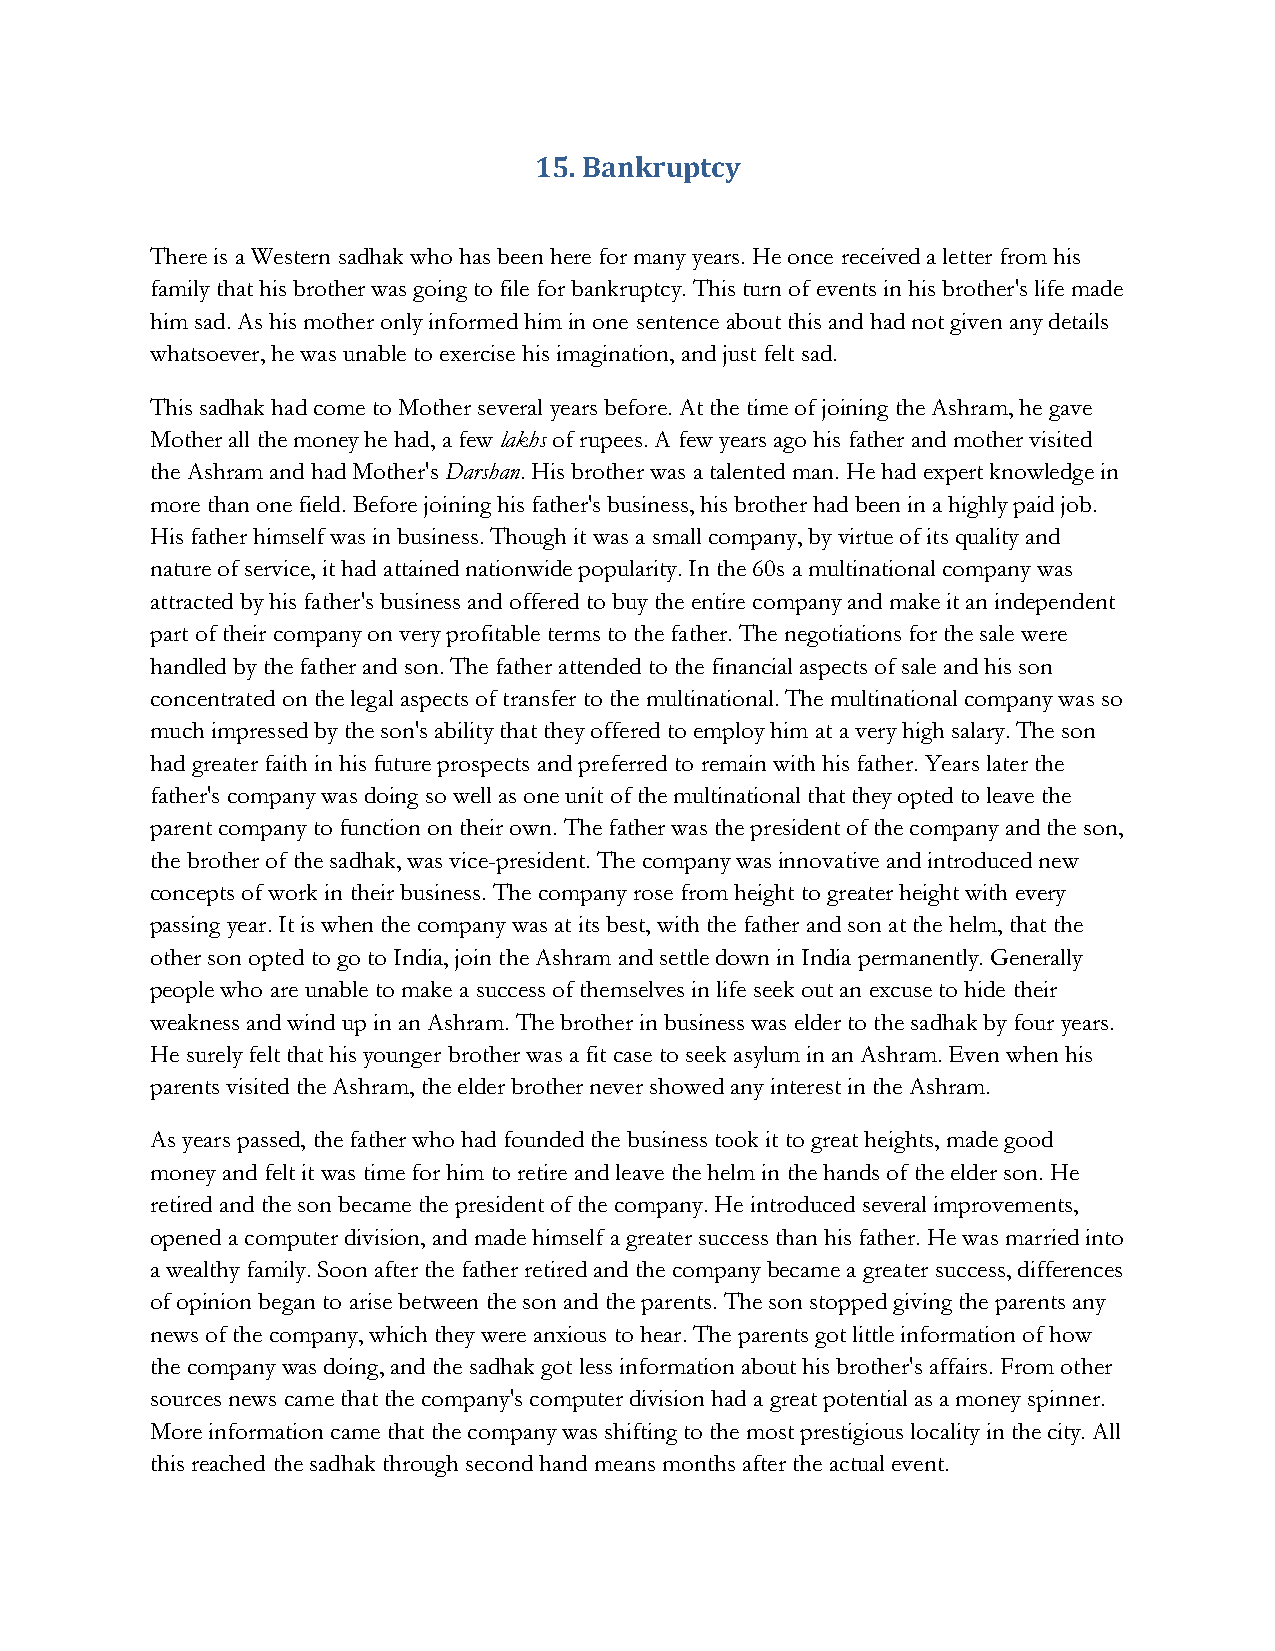
15. Bankruptcy
 There is a Western sadhak who has been here for many years. He once received a letter from his
 family that his brother was going to file for bankruptcy. This turn of events in his brother's life made
 him sad. As his mother only informed him in one sentence about this and had not given any details
 whatsoever, he was unable to exercise his imagination, and just felt sad.
 This sadhak had come to Mother several years before. At the time of joining the Ashram, he gave
 Mother all the money he had, a few lakhs of rupees. A few years ago his father and mother visited
 the Ashram and had Mother's Darshan. His brother was a talented man. He had expert knowledge in
 more than one field. Before joining his father's business, his brother had been in a highly paid job.
 His father himself was in business. Though it was a small company, by virtue of its quality and
 nature of service, it had attained nationwide popularity. In the 60s a multinational company was
 attracted by his father's business and offered to buy the entire company and make it an independent
 part of their company on very profitable terms to the father. The negotiations for the sale were
 handled by the father and son. The father attended to the financial aspects of sale and his son
 concentrated on the legal aspects of transfer to the multinational. The multinational company was so
 much impressed by the son's ability that they offered to employ him at a very high salary. The son
 had greater faith in his future prospects and preferred to remain with his father. Years later the
 father's company was doing so well as one unit of the multinational that they opted to leave the
 parent company to function on their own. The father was the president of the company and the son,
 the brother of the sadhak, was vice-president. The company was innovative and introduced new
 concepts of work in their business. The company rose from height to greater height with every
 passing year. It is when the company was at its best, with the father and son at the helm, that the
 other son opted to go to India, join the Ashram and settle down in India permanently. Generally
 people who are unable to make a success of themselves in life seek out an excuse to hide their
 weakness and wind up in an Ashram. The brother in business was elder to the sadhak by four years.
 He surely felt that his younger brother was a fit case to seek asylum in an Ashram. Even when his
 parents visited the Ashram, the elder brother never showed any interest in the Ashram.
 As years passed, the father who had founded the business took it to great heights, made good
 money and felt it was time for him to retire and leave the helm in the hands of the elder son. He
 retired and the son became the president of the company. He introduced several improvements,
 opened a computer division, and made himself a greater success than his father. He was married into
 a wealthy family. Soon after the father retired and the company became a greater success, differences
 of opinion began to arise between the son and the parents. The son stopped giving the parents any
 news of the company, which they were anxious to hear. The parents got little information of how
 the company was doing, and the sadhak got less information about his brother's affairs. From other
 sources news came that the company's computer division had a great potential as a money spinner.
 More information came that the company was shifting to the most prestigious locality in the city. All
 this reached the sadhak through second hand means months after the actual event.